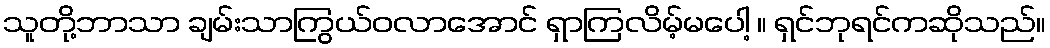
သူတို့ဘာသာ ချမ်းသာကြွယ်ဝလာအောင် ရှာကြလိမ့်မပေါ့ ။ ရှင်ဘုရင်ကဆိုသည်။